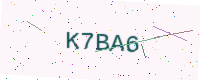
Text: K7BA6